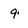
Character: 9